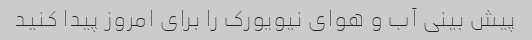
پیش بینی آب و هوای نیویورک را برای امروز پیدا کنید